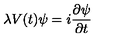
\lambda V ( t ) \psi = i \frac { \partial \psi } { \partial t }